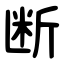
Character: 断